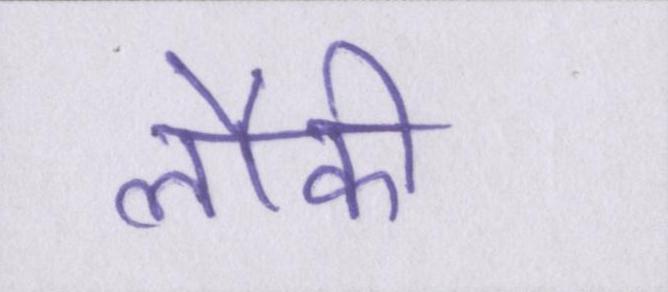
लौकी